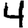
Digit: 4